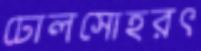
ঢোলসোহরৎ